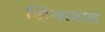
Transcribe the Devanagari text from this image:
सियाराह